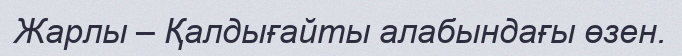
Жарлы – Қалдығайты алабындағы өзен.